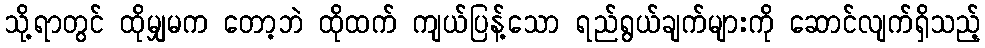
သို့ရာတွင် ထိုမျှမက တော့ဘဲ ထိုထက် ကျယ်ပြန့်သော ရည်ရွယ်ချက်များကို ဆောင်လျက်ရှိသည့်